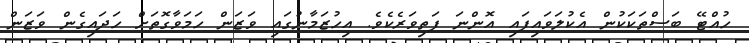
ހުއްޓޭ ބަސްތަކަކުން އެކުލަވައިފައި އޮންނަ ފަތިވަރެކެވެ. އިހުޒަމާނުގައި ވަޒަން ހަމަވާގޮތަށް ހަދައިގެން ވަޒަން